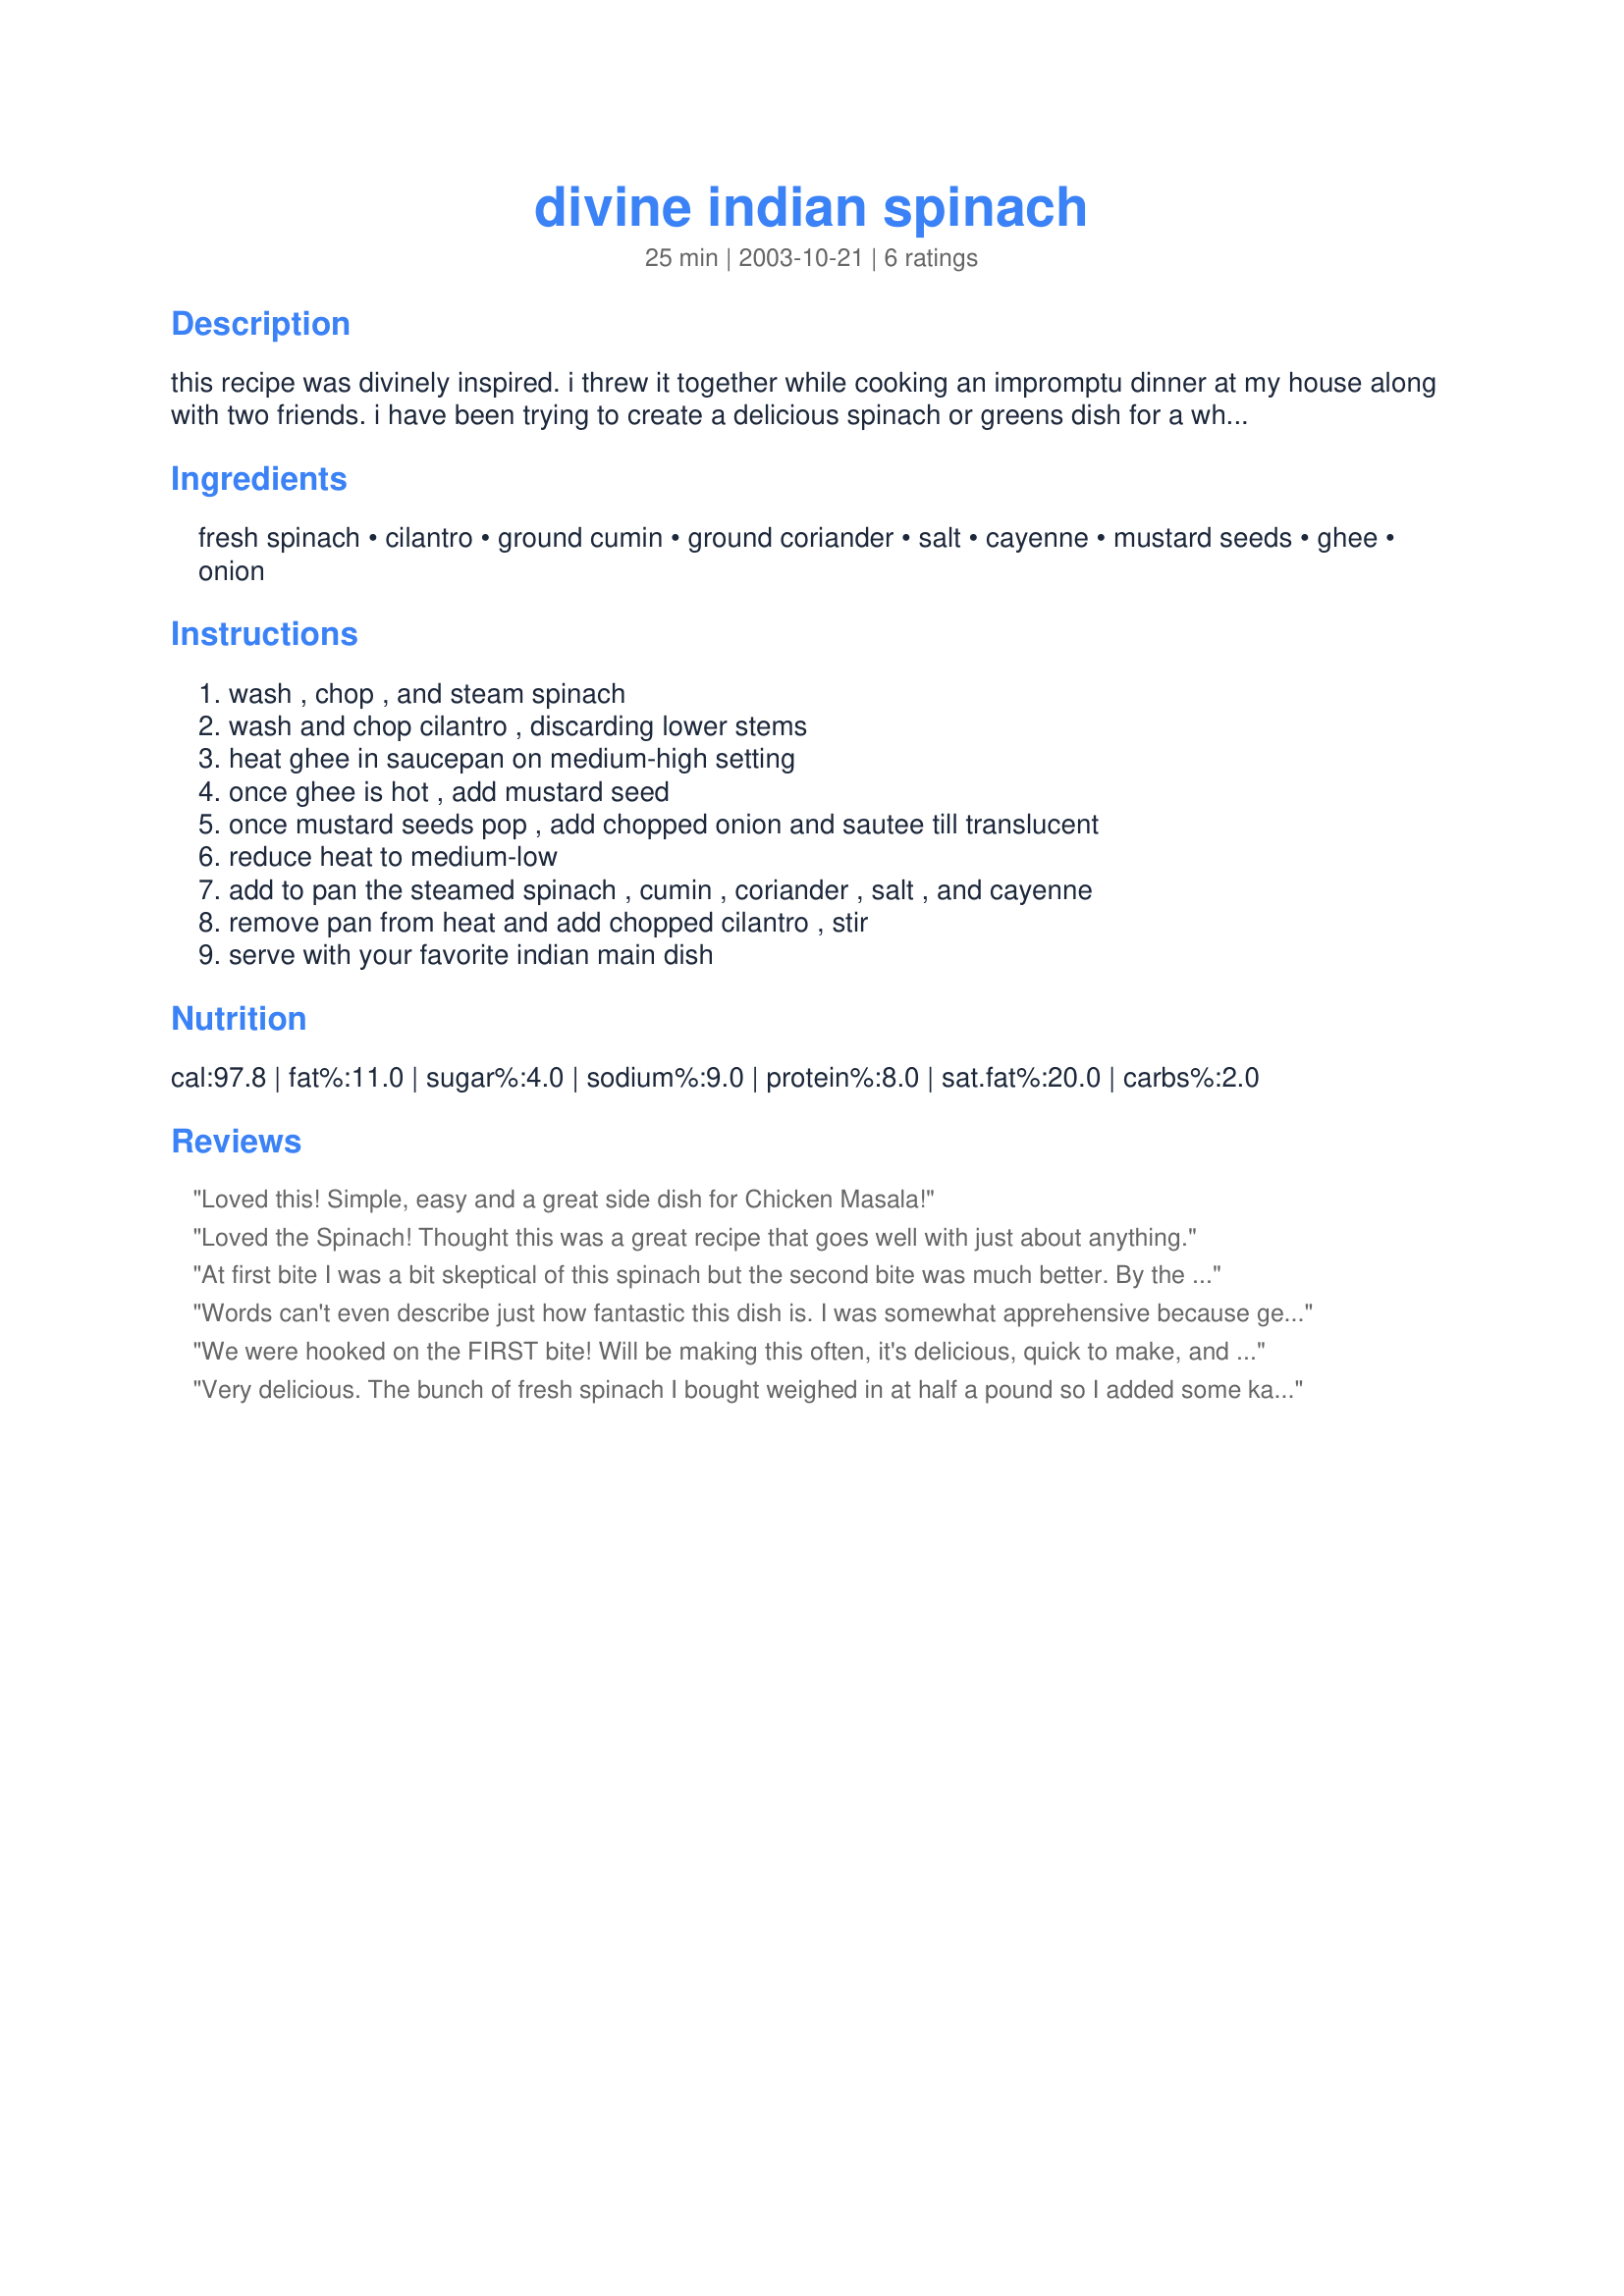
divine indian spinach
Preparation time: 25 minutes

this recipe was divinely inspired. i threw it together while cooking an impromptu dinner at my house along with two friends. i have been trying to create a delicious spinach or greens dish for a while now, and finally, success!

Ingredients:
fresh spinach, cilantro, ground cumin, ground coriander, salt, cayenne, mustard seeds, ghee, onion

Steps:
wash , chop , and steam spinach, wash and chop cilantro , discarding lower stems, heat ghee in saucepan on medium-high setting, once ghee is hot , add mustard seed, once mustard seeds pop , add chopped onion and sautee till translucent, reduce heat to medium-low, add to pan the steamed spinach , cumin , coriander , salt , and cayenne, remove pan from heat and add chopped cilantro , stir, serve with your favorite indian main dish

Reviews:
Loved this! Simple, easy and a great side dish for Chicken Masala!
Loved the Spinach! Thought this was a great recipe that goes well with just about anything.
At first bite I was a bit skeptical of this spinach but the second bite was much better. By the time I finished my portion I loved it. Dh, who ate later, had the same reaction. We'll be having this often. Thanks, Bonnie.
Words can't even describe just how fantastic this dish is. I was somewhat apprehensive because generally I only like uncooked spinach but this sure changed my mind! My boyfriend claims that this is his favourite vegetable side dish ever. I followed the recipe exactly and can't even think of a single thing to change or add - a rarity for me! I served this with basmati rice and recipe #67880 and it complimented it wonderfully. Thanks for posting what is sure to become a regular side dish in our house! EDITED TO ADD: I have made this several times and have to say it is much better if you don't steam the spinach ahead of time. I take fresh spinach and put it in the pot after the onions are done and leave it on low heat until the spinach wilts. This way it still has some crunch.
We were hooked on the FIRST bite! Will be making this often, it's delicious, quick to make, and canned spinach works well. The only word of caution is to pay close attention to those popping mustard seeds, they DO pop everywhere once they start popping.
Very delicious. The bunch of fresh spinach I bought weighed in at half a pound so I added some kale, boiled until tender. To make it vegan I used a high quality coconut oil. We were out of mustard seeds, so I used some stone ground prepared mustard.

There was a thin liquid at the bottom of the dish from the steamed spinach, so I thickened it by adding some cornstarch. Turned out great!
